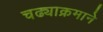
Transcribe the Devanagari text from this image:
चढ्याक्रमाने